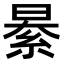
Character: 𦀤